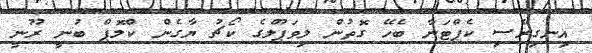
އިނގިރޭސި ކެޕްޓަނާ ބެހޭ ގޮތުން ލިވަޕޫލްގެ ކޯޗު ޔާގެން ކްލޮޕް ބުނީ ރޫނީ